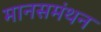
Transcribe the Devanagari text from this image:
मानसमंथन